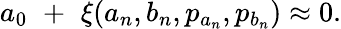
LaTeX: a_{0}\, \, +\, \, \xi(a_{n},b_{n},p_{a_{n}},p_{b_{n}})\approx 0.